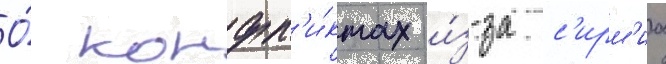
О́ конфл'и́ктах и́з-за с'ирм'иа